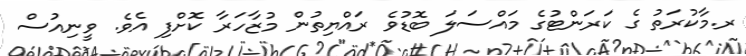
ރ.މާކުރަތު ގެ ކަރަންޓުގެ މައްސަލަ ބޮޑުވެ ރައްޔިތުން މުޒާހަރާ ކޮށްފި އެވެ. ވީނިއުސް